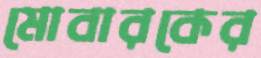
মোবারকের